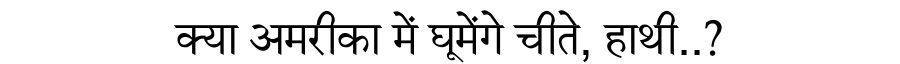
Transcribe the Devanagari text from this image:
क्या अमरीका में घूमेंगे चीते, हाथी..?